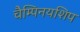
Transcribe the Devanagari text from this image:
चैम्पिनयशिप